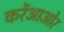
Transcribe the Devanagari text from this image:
करेंआओर